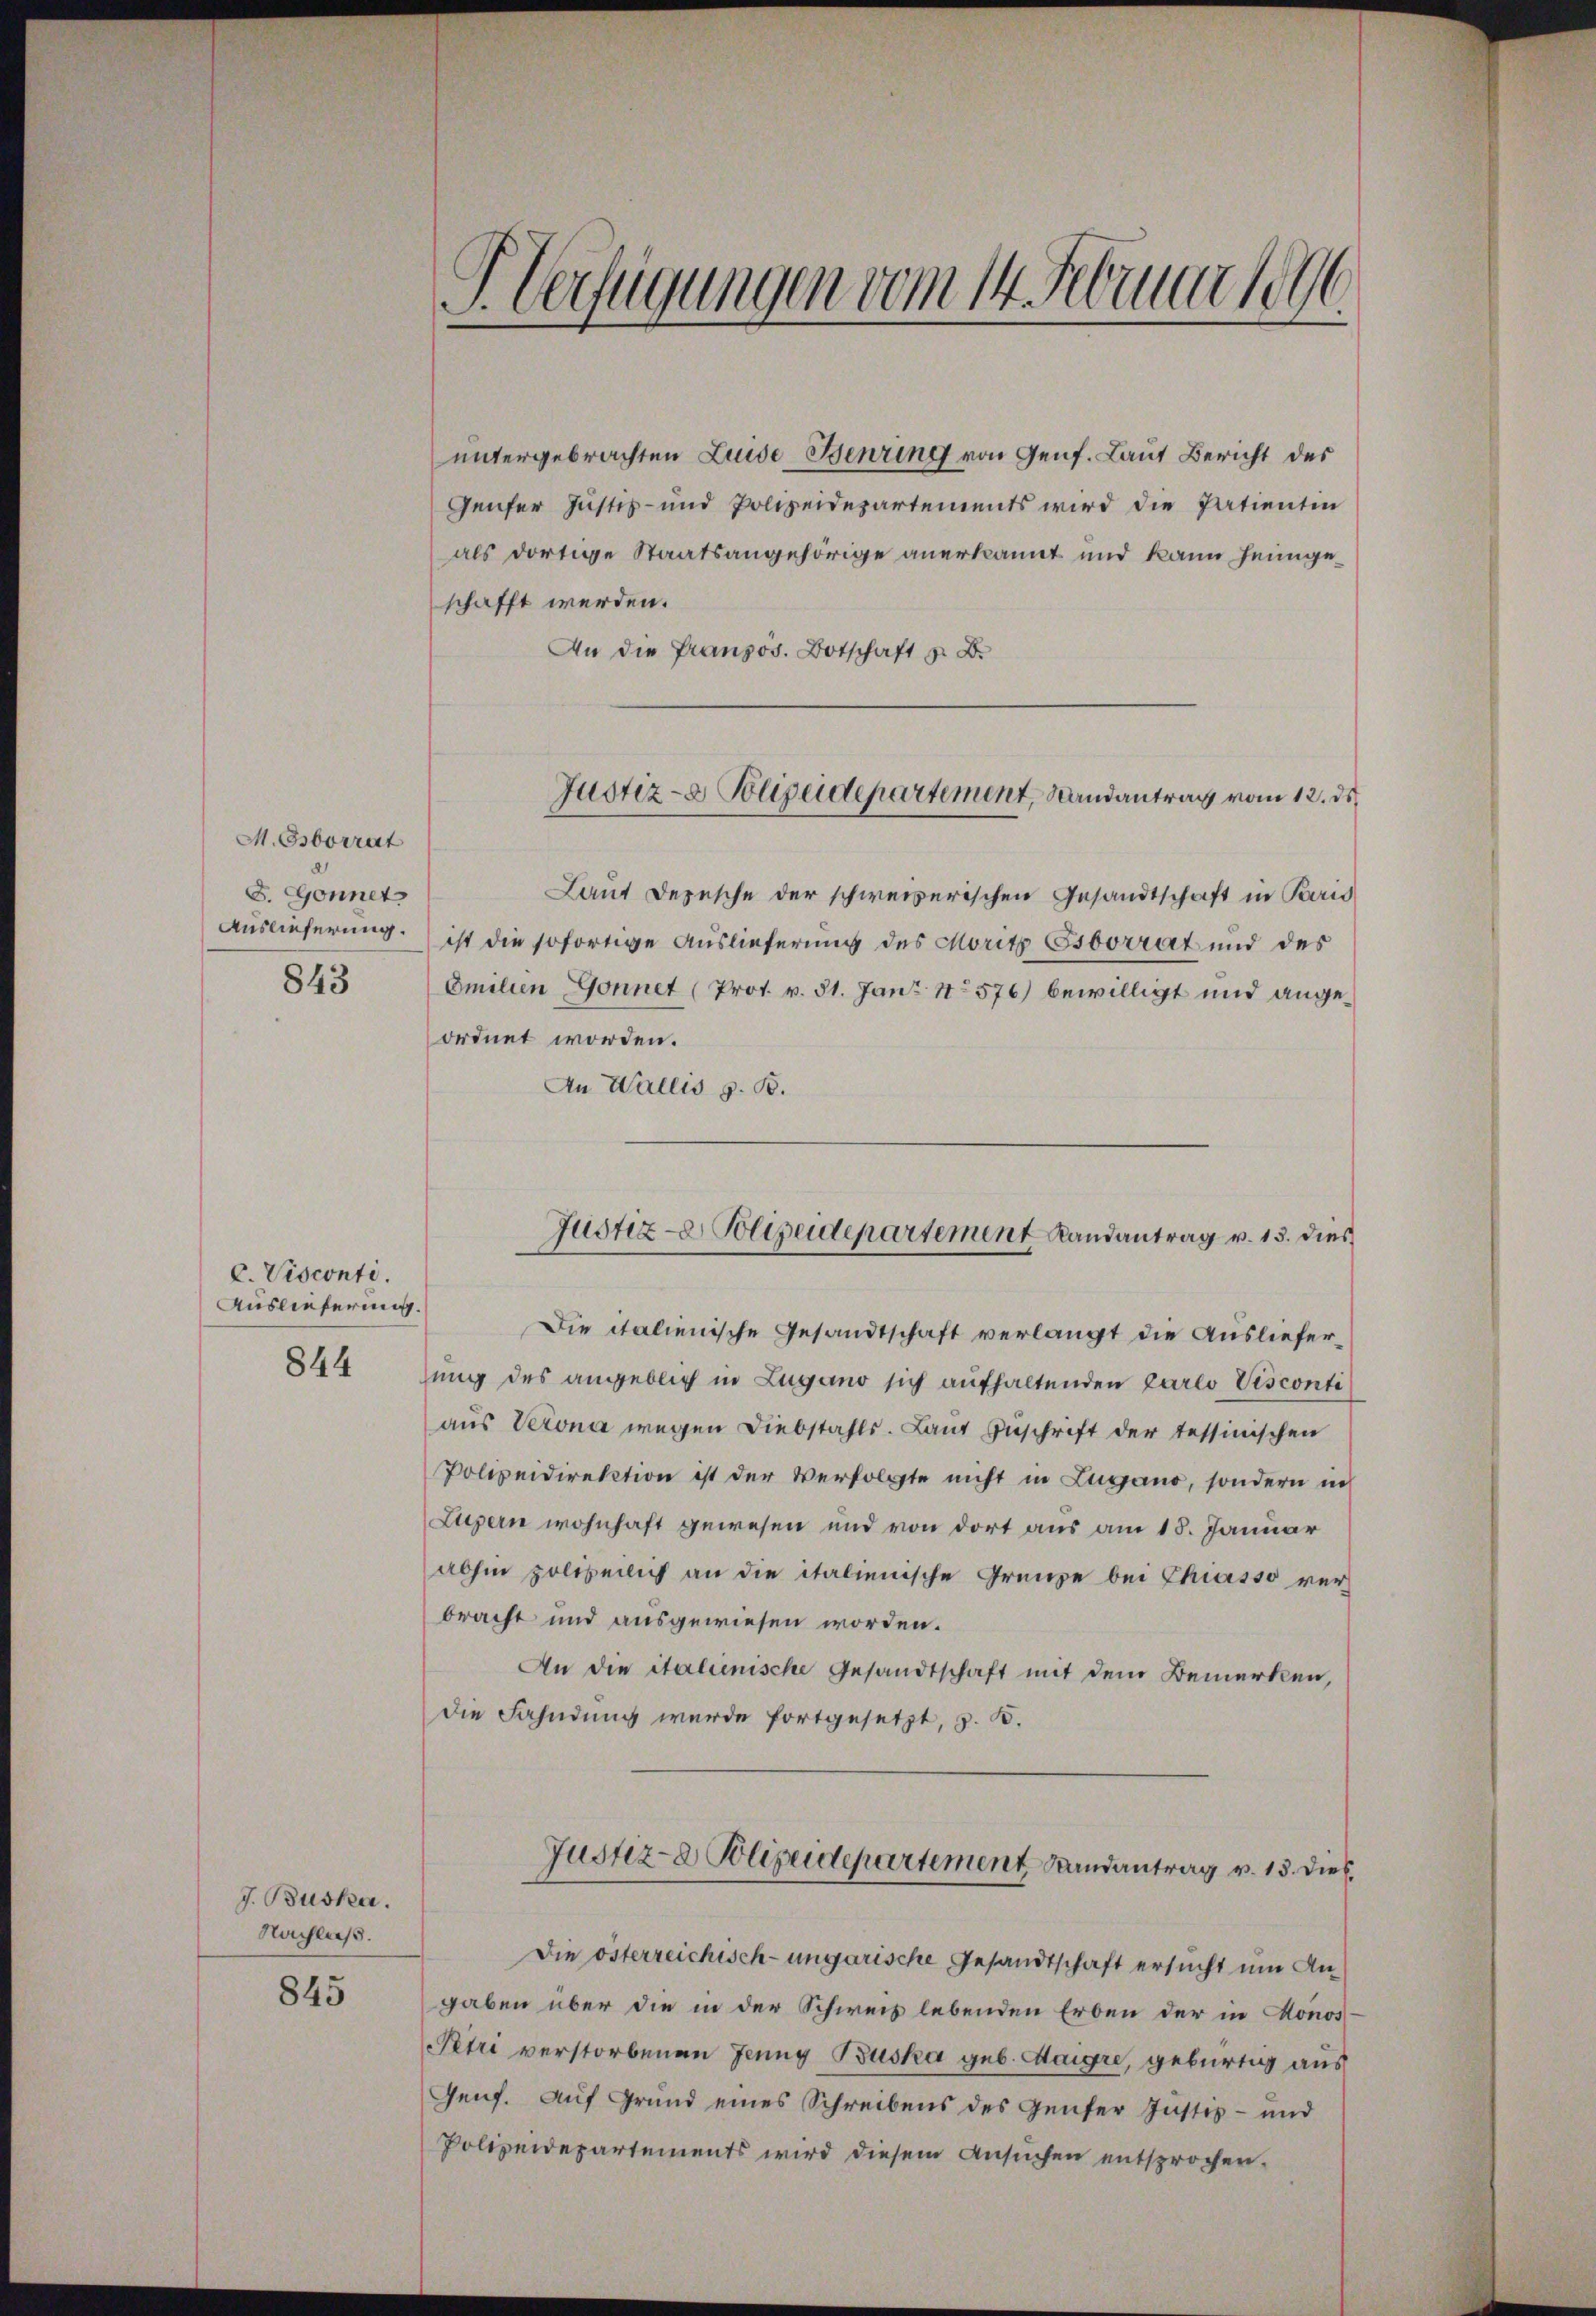
M. Osborrat
D. Gonnet
843

C. Visconti.
Auslieferung.
844

J. Buska
Nachlaß.

845

t
J. Verfügungen vom 14. Februar 1896

untergebrachten Luide Benzing von Genf. Laut Bericht des
Genfer Justiz- und Polizeidepartements wird die Patientin
als dortige Staatsangehörige anerkannt und kann heimgeschafft werden.
An die Französ. Botschaft z. B.
Laut Depesche der schweizerischen Gesandtschaft in Paris
Auslieferung ist die sofortige Auslieferung des Moritz Esborrat und des
Emilien Gonnet (Prot. v. 31. Jan. 1576) bewilligt und angeordnet worden.
An Wallis z. B.
Die italienische Gesandtschaft verlangt die Ausliefersung des angeblich in Lugano sich aufhaltenden Parlo Visconti
aus Verona wegen Diebstahls. Laut Zuschrift der tessinischen
Polizeidirektion ist der Verfolgte nicht in Lugano, sondern in
Luzern wohnhaft gewesen und von dort aus am 18. Januar
abhin polizeilich an die italienische Grenze bei Chiasso verbracht und ausgewiesen worden.
An die italienische Gesandtschaft mit dem Bemerken,
die Fahndung wurde fortgesetzt, z. B.
Justiz- Polizeidepartement Landantrag v. 13. dies
Die österreichisch-ungarische Gesandtschaft ersucht um Angaben über die in der Schweiz lebenden Erben der in Honos
Petri verstorbenen Jenny Buska geb. Maigre, gebürtig aus
Genf. Auf Grund eines Schreibens des Genfer Justiz- und
Polizeidepartements wird diesem Ansuchen entsprochen.

Justiz- & Polizeidepartement, Randantrag vom 12. ds.

Justiz- Polizeidepartement Randantrag v. 13. dies